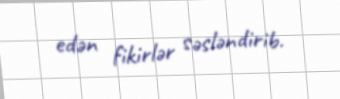
edən fikirlər səsləndirib.